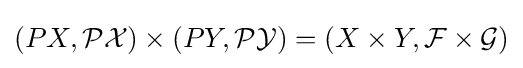
(PX,{\mathcal {PX}})\times (PY,{\mathcal {PY}})=(X\times Y,{\mathcal {F}}\times {\mathcal {G}})